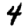
Digit: 4